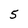
Character: 5